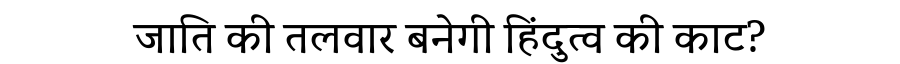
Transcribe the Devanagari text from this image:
जाति की तलवार बनेगी हिंदुत्व की काट?